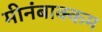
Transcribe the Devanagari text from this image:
मीनंबाक्कम